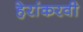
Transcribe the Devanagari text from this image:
हेरांकरवी